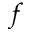
f